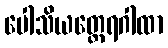
ပေါသိယတ္ထေရဂါထာ